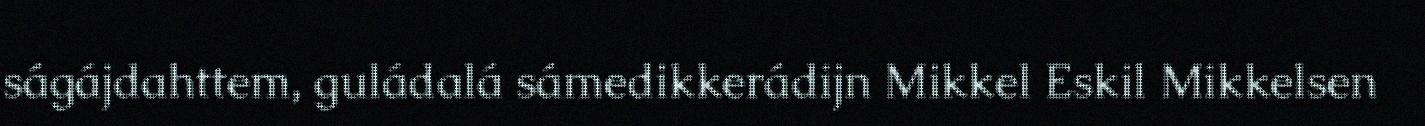
ságájdahttem, guládalá sámedikkerádijn Mikkel Eskil Mikkelsen